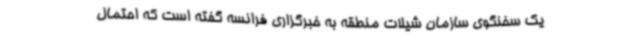
یک سخنگوی سازمان شیلات منطقه به خبرگزاری فرانسه گفته است که احتمال